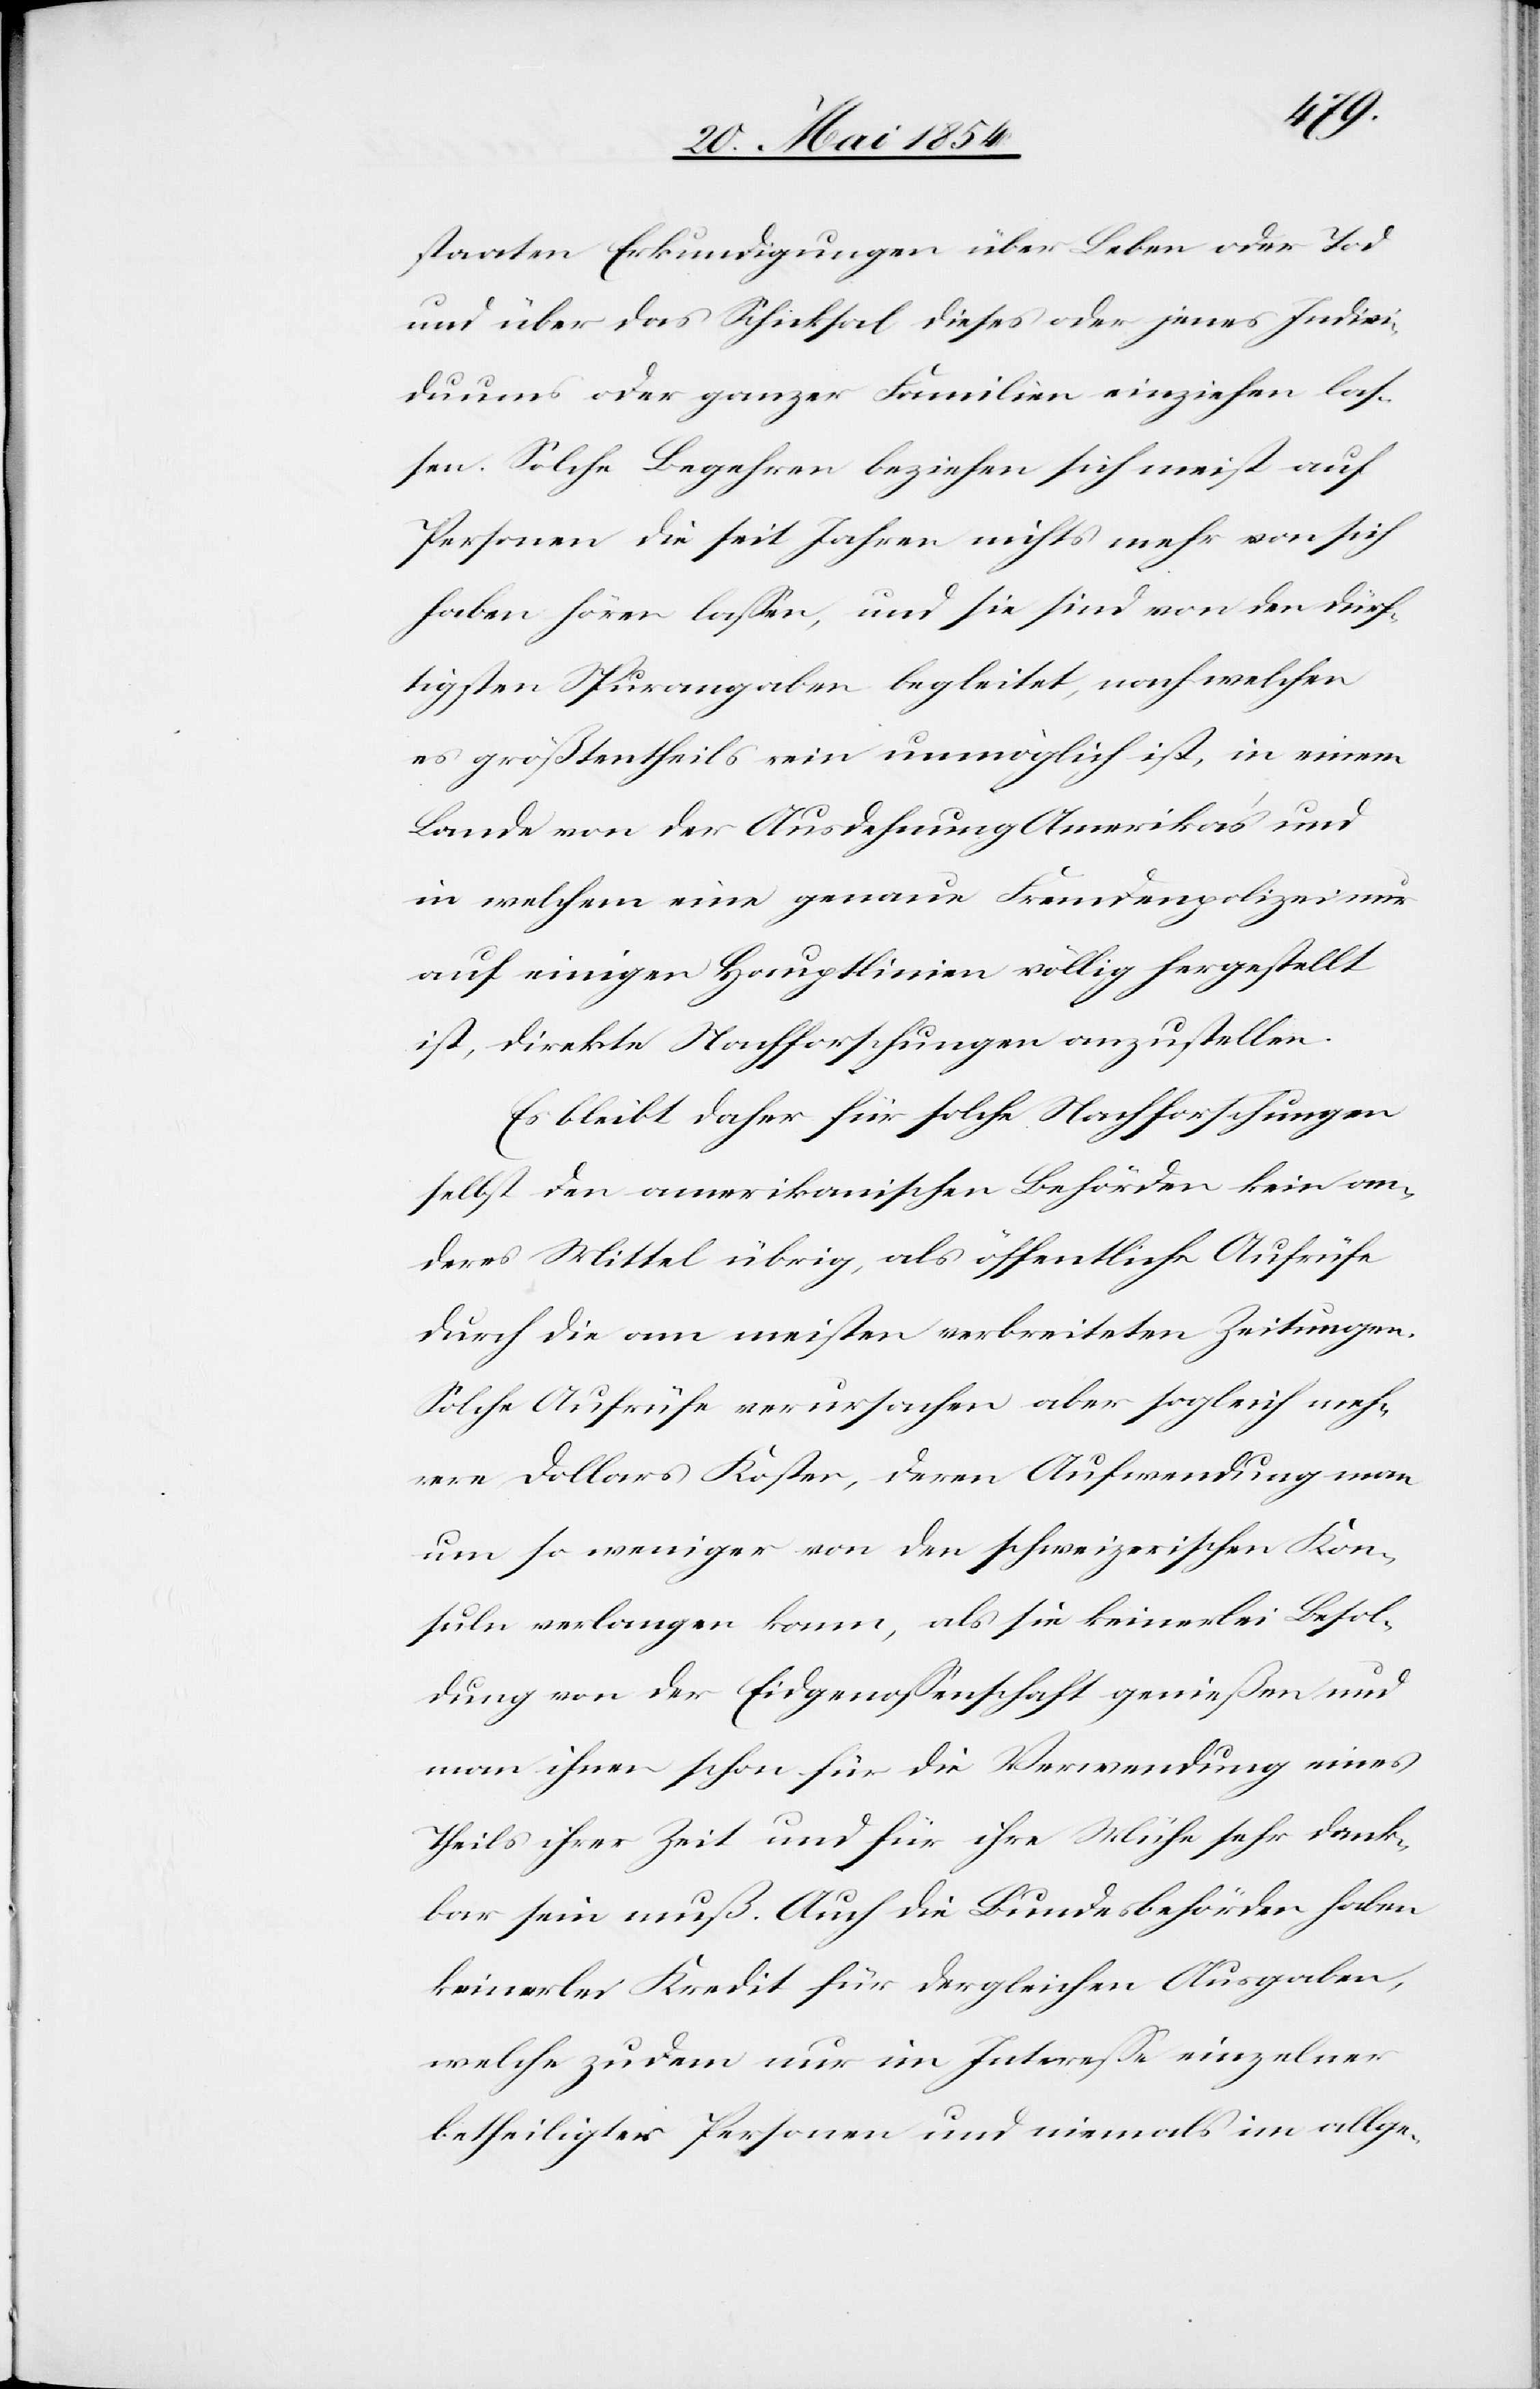
staaten Erkundigungen über Leben oder Tod
und über das Schicksal dieses oder jenes Indivi¬
duums oder ganzer Familien einziehen laß¬
en. Solche Begehren beziehen sich meist auf
Personen die seit Jahren nichts mehr haben von sic¬
h hören laßen, und sie sind von den dürf¬
tigsten Spurangaben begleitet, nach welchen
es größtentheils rein unmöglich ist, in einem
Lande von der Ausdehnung Amerika’s und
in welchem eine genaue Fremdenpolizei nur
auf einigen Hauptlinien völlig hergestellt
ist, direkte Nachforschungen anzustellen.
Es bleibt daher für solche Nachforschungen
selbst den amerikanischen Behörden kein an¬
deres Mittel übrig, als öffentliche Aufrüfe
durch die am meisten verbreiteten Zeitungen.
Solche Aufrüfe verursachen aber sogleich mehr¬
ere Dollars Kosten, deren Aufwendung man
um so weniger von den schweizerischen Kon¬
suln verlangen kann, als sie keinerlei Besol¬
dung von der Eidgenoßenschaft genießen und
man ihnen schon für die Verwendung eines
Theils ihrer Zeit und für ihre Mühe sehr dank¬
bar sein muß. Auch die Bundesbehörden haben
keinerlei Kredit für dergleichen Ausgaben,
welche zudem nur im Intereße einzelner
betheiligter Personen und niemals im allge-